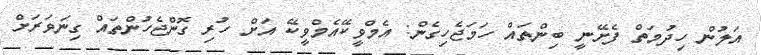
އަލުން ހިދުމަތް ފެށޭނީ ބިންތައް ހަމަޖެހިގެން: އެމްވީކޭއެމްވީކޭ އަށް ހުރި ގޮންޖެހުންތައް ގިނަވަރަށް